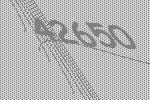
42650